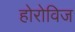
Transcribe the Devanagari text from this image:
होरोविज